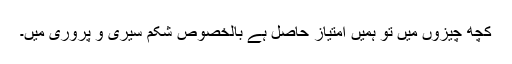
کچھ چیزوں میں تو ہمیں امتیاز حاصل ہے بالخصوص شکم سیری و پروری میں۔